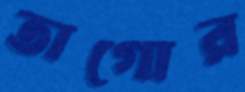
তাগোর